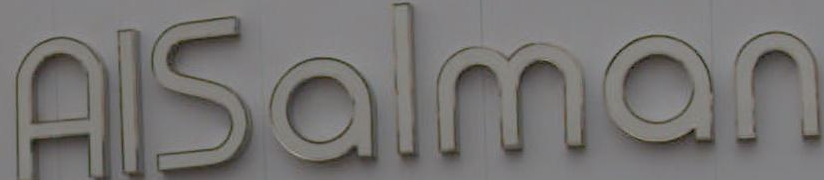
AlSalman